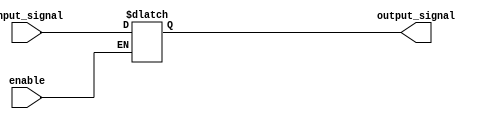
module buffer_enable (
    input wire enable,
    input wire input_signal,
    output reg output_signal
);

always @ (enable, input_signal) begin
    if (enable) begin
        output_signal <= input_signal;
    end else begin
        output_signal <= output_signal;
    end
end

endmodule